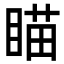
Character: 瞄